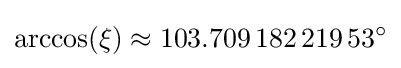
\arccos(\xi )\approx 103.709\,182\,219\,53^{\circ }